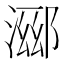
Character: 𬈖